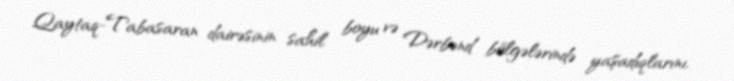
Qaytaq-Tabasaran dairəsinin sahil boyu və Dərbənd bölgələrində yaşadıqlarını,